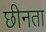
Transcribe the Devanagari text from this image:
छीनता